[Report on the health of British troops in the Madras command]
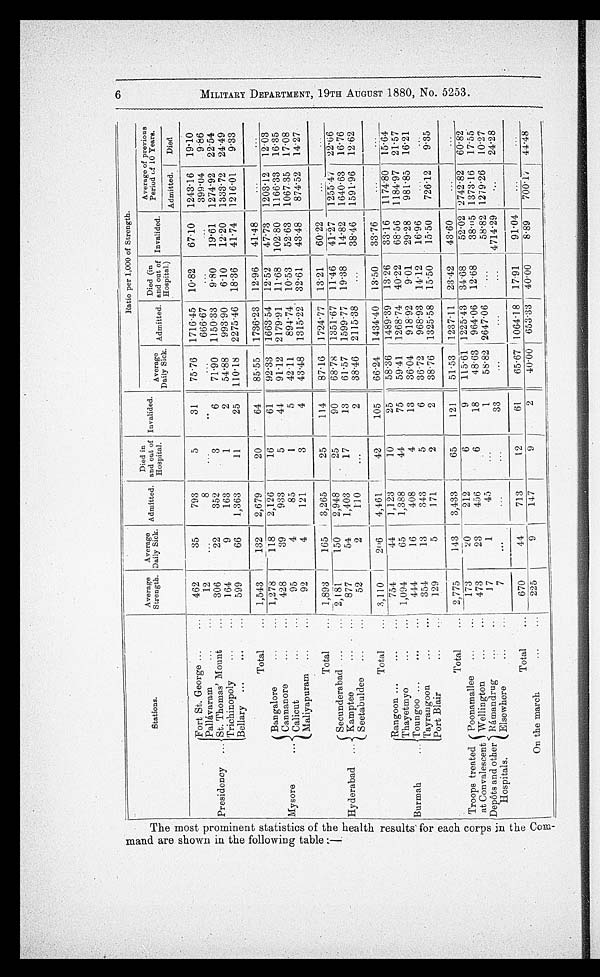
P R O M I N E T S T A T I S T I C S O F T H E H E A L T H R E S U L T S F O R E A C H C O R P S I S T H E C O M -
M A N A R E S S H O W N I N T H E F O L L O W I N G T A B L E : -
Ratio per 1,000 of Strength.
Stations.
Average
Strength.
Average
Daily Sick. Admitted.
Died in
and out of
Hospital.
Invalided. Average
Daily Sick. Admitted.
Died (in
and out of
Hospital.)
Invalided.
Average of previous
Period of 10 Years.
Admitted.
Died
Fort St. George ...
...
462
3 5
793
5
31
75.76 1716.45 10.82
67.10 1243.16 19.10
Pallávaram
...
..
12
...
8
...
. . .
...
666.67 ...
...
399.04
9.86
Presidency ... St. Thomas' Mount
...
306
22
352
3
6
71.90 1150.33
9.8. 0
19.61 1274.92 22.54
Trichinopoly
...
...
164
9
163
1
2
54.88
993.90
6.10
12.20 1333.72 24.49
Bellary ...
...
...
599
66
1,363
11
25 110.18 2275 .46 18 . 36
41.74 1216 . 01
9.33
Total
. . . 1,543
132
2,679
20
64
85.55 1736 . 23 12.96
41.48
...
Bangalore
...
... 1,278
118
2,126
16
61
92.33 1663.54 12 . 52
47 . 73 1203 . 12 12.03
Cannanore
...
. . . 428
39
933
5
41
91.12 2179.91 11 . 68 102 . 80 1166 . 33 16.35
Mysore
Calicut
. . .
. . .
95
4
85
1
5
42.11
894.74 10 . 53
52.63 1067.35 17.08
Maliyapuram ...
...
92
4
121
3
4
43.48 1315 . 22 32 . 61
43.48
874.52 14.27
Total
... 1,893
165
3,265
25
114
87.16 1724.77 13.21
60.22
...
S e c u n d e r a b a d
. . .
... 2,181
150
2,948
25
90
68.78 1351 . 67 11 . 46
41.27 1255.47 22.66
Hyderabad
. . . / Kamptee
...
. . . 877
54
1,403
1 7
13
61.57 1599.77 19.38
14.82 1640.63 16.76
Seetabuldee
. . .
. . .
52
2
110
...
2
38.46 2115 .38
...
38.46 1591 . 96 12.62
Total
... 3,110
206
4,461
42
105
66.24 1434.40 13.50
33.76
...
...
Rangoon ......
754
44
1,123
10
25
58.36 1489.39 13.26 ' 33 . 16 1174 .80 15.64
Thayetmyo
1,094
65
1,388
44
75
59.41 1268 . 74 40 . 22
68.56 1184.97 21.57
Burmah ...
Toungoo ...
...
. . . 444
16
408
4
13
36.04
918.92
9.01
29.28
981.85 16.21
Tayrangoon
...
...
354
13
343
5
6
36.72
968.93 14 . 12
16.96 ...
...
Port Blair
...
...
129
5
171
2
2
38.76 1325 . 58 15 . 50
15.50
72612
9.35
Total
... 2,775
143
3,433 j
65
121
51.53 1237 . 11 23.42
43.60
...
...
Troops treated (Poonamallee
. . .
... 173
20
212
6
9
115.61 1225 . 43 34 . 68
52.02 2742 . 82 60.82
at Convalescent
Depots and other
Hospitals.
e
Wellington
...
...
473
23
456
6
18 I 48 . 63 964.06 12.68
38.115 1373.16 17.55
Ramandrug
...
..
17
1
45
1
58..82 2647 . 06
...
58.82 1279.26 10.27
E l s e w h e r e . . .
...
7
...
. . .
...
33
...
...
4714.29
...
24
.28
Total
...
670
44
71.3
1 2
61
65.67 1064
. 18 17 . 91
91.04
...
On the march
...
...
225
9
147
9
2
40 . 00 653.83 40 . 00
8 . 89
700.17 44.48
6 MI LTARY
D E P A R T ME N T ,
19TH AUGUST 1 8 8 0 , n O. 5 2 5 3 .